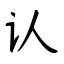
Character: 认